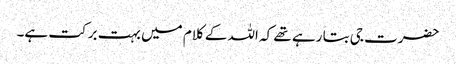
حضرت جی بتا رہے تھے کہ اللہ کے کلام میں بہت برکت ہے۔